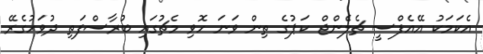
އެކަމަކު އޭއެފްސީ ޗެލެންޖް ކަޕުގެ ތިން ވަނަ ހޮވި މެޗުގައި ބުރާސްފަތި ދުވަހުގެރޭ